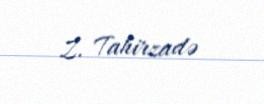
Z. Tahirzadə